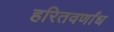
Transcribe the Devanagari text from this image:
हरितवर्णांध